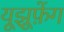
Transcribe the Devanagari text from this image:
यूझूफ़ेंग